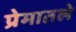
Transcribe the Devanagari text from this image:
प्रेमातले